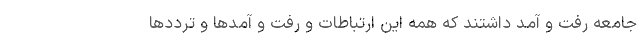
جامعه رفت و آمد داشتند که همه این ارتباطات و رفت و آمدها و ترددها